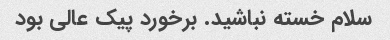
سلام خسته نباشید. برخورد پیک عالی بود